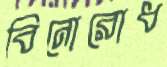
বিনোরোধ